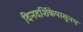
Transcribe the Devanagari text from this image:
दिनदर्शिकेपासूनच